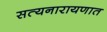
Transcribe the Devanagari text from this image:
सत्यनारायणात